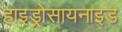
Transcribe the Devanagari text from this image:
हाइड्रोसायनाइड